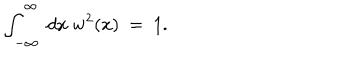
\int _ { - \infty } ^ { \infty } ~ d x ~ w ^ { 2 } ( x ) ~ = ~ 1 .